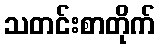
သတင်းစာတိုက်